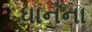
ધાનના